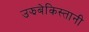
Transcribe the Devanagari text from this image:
उझबेकिस्तानी